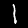
Digit: 1